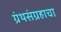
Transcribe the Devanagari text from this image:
ग्रंथसंग्रहाचा